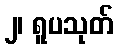
၂၊ ရူပသုတ်